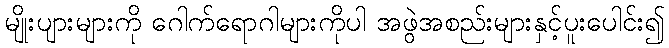
မျိုးပျားများကို ဂေါက်ရောဂါများကိုပါ အဖွဲအစည်းများနှင့်ပူးပေါင်း၍